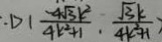
- 1 > 1 \frac { - 4 \sqrt { 3 } k ^ { 2 } } { 4 k ^ { 2 } + 1 } \cdot \frac { \sqrt { 3 } k } { 4 k ^ { 2 } + 1 } )